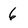
Character: 6